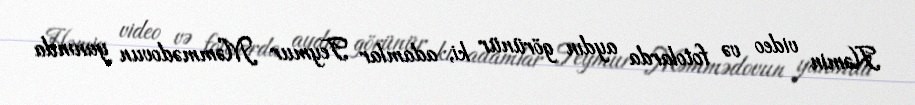
Həmin video və fotolarda aydın görünür ki, adamlar Teymur Məmmədovun yanında